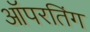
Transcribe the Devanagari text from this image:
ऑपरतिंग